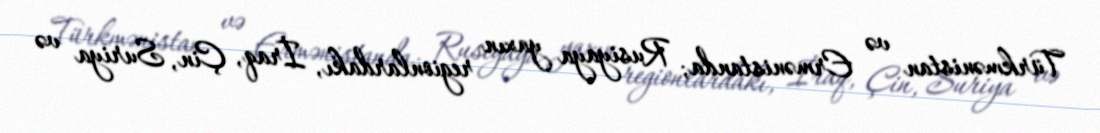
Türkmənistan və Ermənistanda; Rusiyaya yaxın regionlardakı, İraq, Çin, Suriya və